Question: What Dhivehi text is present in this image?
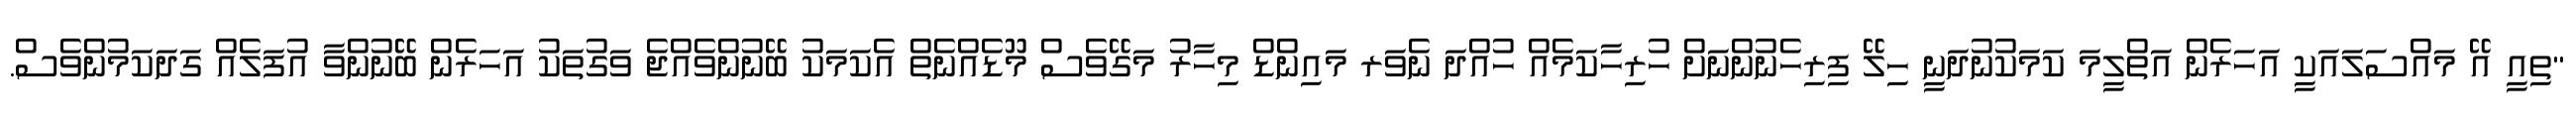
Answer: "ތިއީ އޭ މައްސަލައަކީ އަހަރެން އަތްލީމަ ކަމަކުނުދަނީ ހިލޭ ފިރިހެނުންނަށް ހުރިހާކަމެއް ހުއްދަ ނެވަރ މައިންޑް މިހާރު މަގޭވެސް މޫޑެއްނެތް އެކަމަކު ބޭނުންވެއްޖެ ވަގުތަކު އަހަރެން ބޭނުންވާ އުފަލެއް ގަދަކަމުންވެސް.